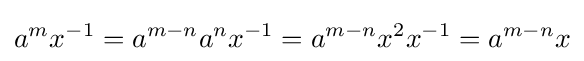
a^{m}x^{-1}=a^{m-n}a^{n}x^{-1}=a^{m-n}x^{2}x^{-1}=a^{m-n}x